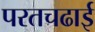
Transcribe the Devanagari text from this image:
परतचढाई